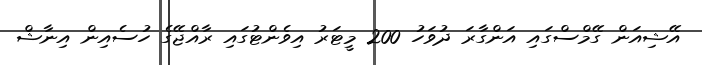
އޭޝިއަން ގޭމްސްގައި އަންގާރަ ދުވަހު 200 މީޓަރު އިވެންޓުގައި ރާއްޖޭގެ ހުސެއިން އިނާޝް